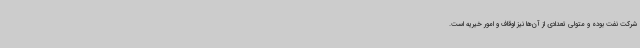
شرکت نفت بوده و متولی تعدادی از آن‌ها نیز اوقاف و امور خیریه است.